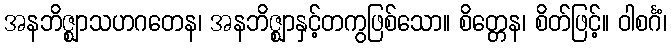
အနဘိဇ္ဈာသဟဂတေန၊ အနဘိဇ္ဈာနှင့်တကွဖြစ်သော။ စိတ္တေန၊ စိတ်ဖြင့်။ ဝါစင်္ဂံ၊